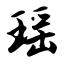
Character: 瑶